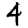
Digit: 4